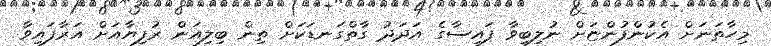
މިހާތަނަށް އެކުންފުންޏަށް ނުލިބިވާ ފައިސާގެ އަދަދު ގާތްގަނޑަކަށް ތިން ބިލިއަން ރުފިޔާއަށް އަރާފައިވާ